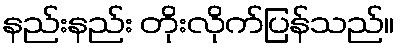
နည်းနည်း တိုးလိုက်ပြန်သည်။